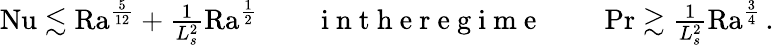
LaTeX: \begin{array}{r}{\mathrm{{Nu}}\lesssim\mathrm{{Ra}}^{\frac{5}{12}}+\frac{1}{L_{s}^{2}}\mathrm{{Ra}}^{\frac 12}\qquad\mathrm{~i~n~t~h~e~r~e~g~i~m~e~}\qquad\operatorname*{Pr}\gtrsim\frac{1}{L_{s}^{2}}\mathrm{{Ra}}^{\frac{3}{4}}\, .}\end{array}